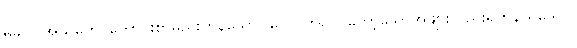
မိခင်။ အသိတေ၊ ကောင်းစွာမည်းကုန်သော။ ဝေလ္လိတဂ္ဂေ၊ ကော့သောအဖျားလည်းရှိကုန်ထသော။